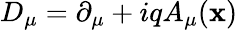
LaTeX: D_{\mu}=\partial_{\mu}+iqA_{\mu}(\mathbf{x})